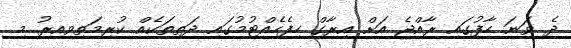
ދެ ވަނަ ހާފުގައި ރާއްޖެ އަށް އިރާގް ހިފެހެއްޓުމުގައި ދަތިތަކެއް ކުރިމަތިވިއިރު މި